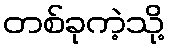
တစ်ခုကဲ့သို့